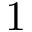
1